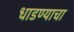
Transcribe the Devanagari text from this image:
धाडण्याचा